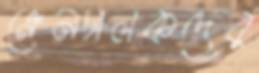
ক্রেনচালকদের